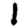
Digit: 1